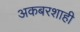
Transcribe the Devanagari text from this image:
अकबरशाही